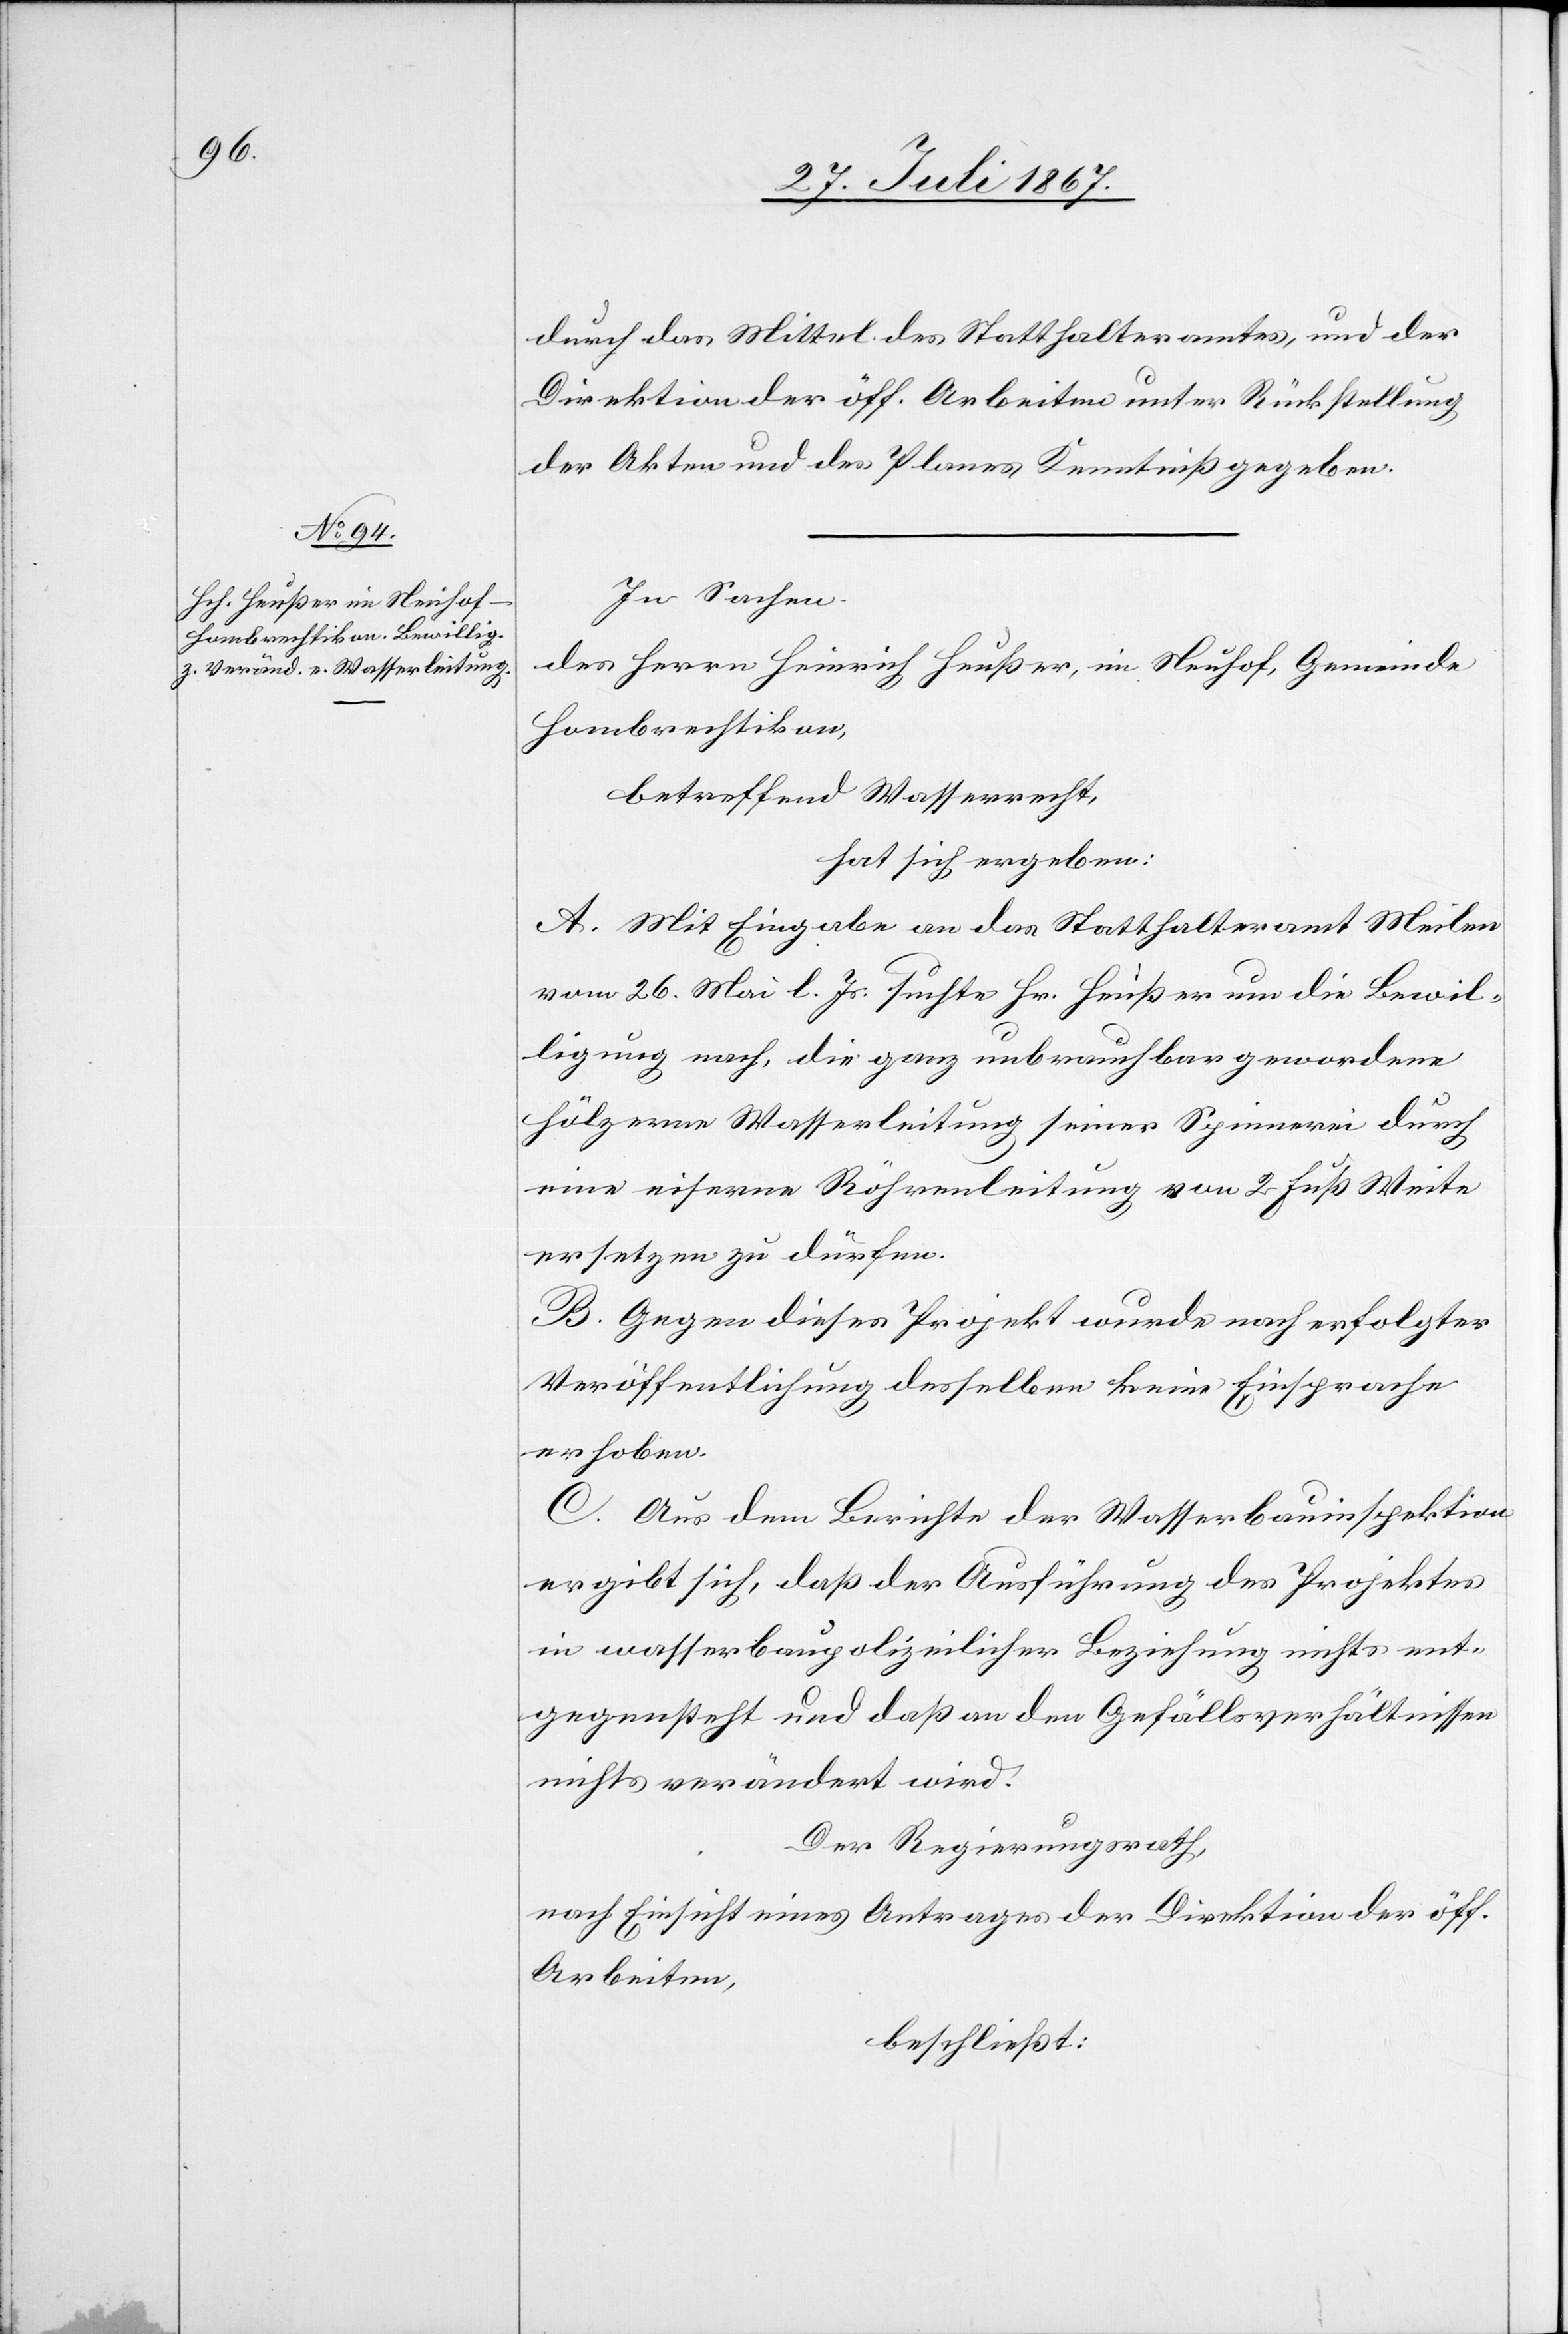
durch das Mittel des Statthalteramtes, und der
Direktion der öff. Arbeiten unter Rückstellung
der Akten und des Planes Kenntniß gegeben.
In Sachen
des Herrn Heinrich Heußer, im Neuhof, Gemeinde
Hombrechtikon,
betreffend Wasserrecht,
hat sich ergeben:
A. Mit Eingabe an das Statthalteramt Meilen
vom 26. Mai l. Js. suchte Hr. Heußer um die Bewil¬
ligung nach, die ganz unbrauchbar gewordene
hölzerne Wasserleitung seiner Spinnerei durch
eine eiserne Röhrenleitung von 2 Fuß Weite
ersetzen zu dürfen.
B. Gegen dieses Projekt wurde nach erfolgter
Veröffentlichung desselben keine Einsprache
erhoben.
C. Aus dem Berichte der Wasserbauinspektion
ergibt sich, daß der Ausführung des Projektes
in wasserbaupolizeilicher Beziehung nichts ent¬
gegensteht und daß an den Gefällsverhältnissen
nichts verändert wird.
Der Regierungsrath,
nach Einsicht eines Antrages der Direktion der öff.
Arbeiten,
beschließt: